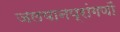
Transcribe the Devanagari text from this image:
जलयानप्रांगणों